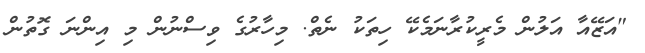
"އަޒޭއާ އަލުން މެރީކުރާނަމެކޭ ހިތަކު ނެތް. މިހާރުގެ ވިސްނުން މި އިންނަ ގޮތުން